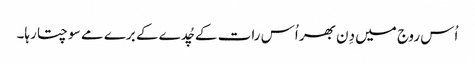
اُس روج میں دِن بھر اُس رات کے چُدے کے برے مے سوچتا رہا۔